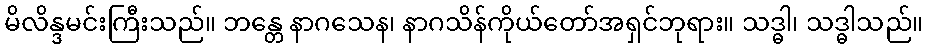
မိလိန္ဒမင်းကြီးသည်။ ဘန္တေ နာဂသေန၊ နာဂသိန်ကိုယ်တော်အရှင်ဘုရား။ သဒ္ဓါ၊ သဒ္ဓါသည်။